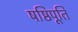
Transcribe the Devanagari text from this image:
षष्ठिपूर्ति